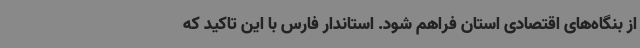
از بنگاه‌های اقتصادی استان فراهم شود. استاندار فارس با این تاکید که